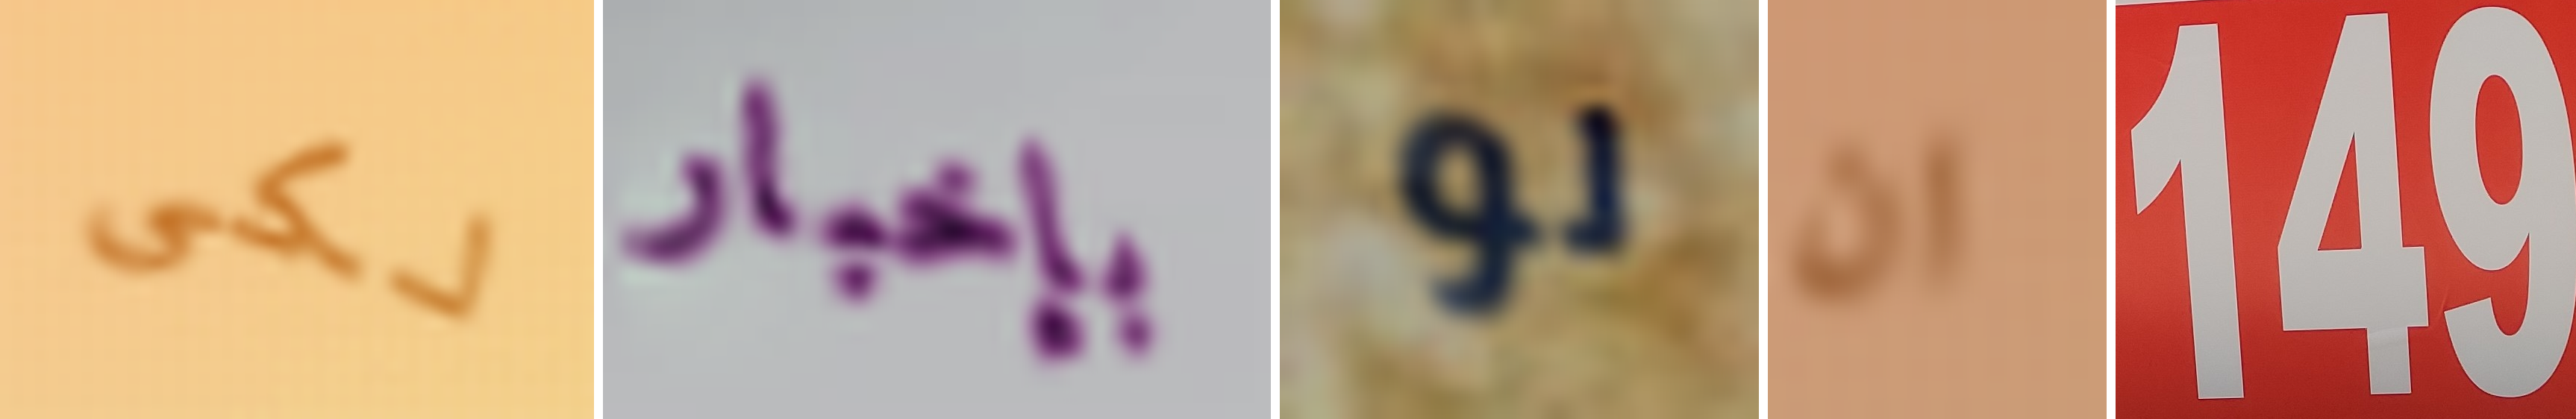
لكى بإخبار لو ان 149